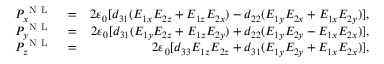
\begin{array} { r l r } { P _ { x } ^ { \mathrm { ~ N ~ L ~ } } } & { { } = } & { 2 \varepsilon _ { 0 } [ d _ { 3 1 } ( E _ { 1 x } E _ { 2 z } + E _ { 1 z } E _ { 2 x } ) - d _ { 2 2 } ( E _ { 1 y } E _ { 2 x } + E _ { 1 x } E _ { 2 y } ) ] , } \\ { P _ { y } ^ { \mathrm { ~ N ~ L ~ } } } & { { } = } & { 2 \varepsilon _ { 0 } [ d _ { 3 1 } ( E _ { 1 y } E _ { 2 z } + E _ { 1 z } E _ { 2 y } ) + d _ { 2 2 } ( E _ { 1 y } E _ { 2 y } - E _ { 1 x } E _ { 2 x } ) ] , } \\ { P _ { z } ^ { \mathrm { ~ N ~ L ~ } } } & { { } = } & { 2 \varepsilon _ { 0 } [ d _ { 3 3 } E _ { 1 z } E _ { 2 z } + d _ { 3 1 } ( E _ { 1 y } E _ { 2 y } + E _ { 1 x } E _ { 2 x } ) ] , } \end{array}